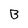
Character: B